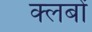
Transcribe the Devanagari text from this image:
क्‍लबों